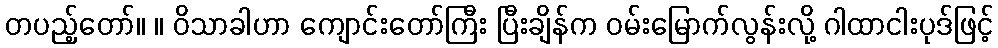
တပည့်တော်။ ။ ဝိသာခါဟာ ကျောင်းတော်ကြီး ပြီးချိန်က ဝမ်းမြောက်လွန်းလို့ ဂါထာငါးပုဒ်ဖြင့်